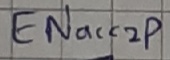
Text: ENacc2p